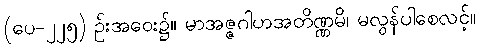
(ပေ-၂၂၅) ဉ်းအဝေး၌။ မာအဇ္ဇဂါဟအတိဏ္ဏမိ၊ မလွန်ပါစေလင့်။